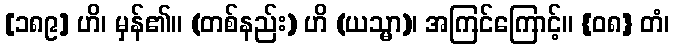
[၁၈၉] ဟိ၊ မှန်၏။ (တစ်နည်း) ဟိ (ယသ္မာ)၊ အကြင်ကြောင့်။ {၀၈} တံ၊